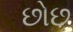
છોછ